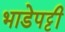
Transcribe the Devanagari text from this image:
भाडेपट्टी